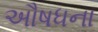
અૌષધના